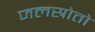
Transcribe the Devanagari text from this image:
जलस्रोतो